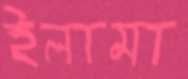
ইলামা